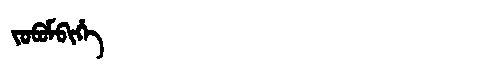
Manchu: ᠵᠣᠪᠣᠮᠪᡳᡥᡝ
Romanization: JOBOMBIHE